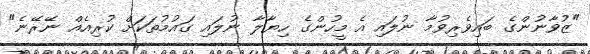
"ޒުވާނުންގެ ބައިވެރިވުމާ ނުލައި އެ މީހުންގެ ހިޔާލާ ނުލައި ގައުމުތަކަށް ކުރިއެއް ނޭރޭނެ"